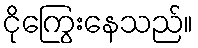
ငိုကြွေးနေသည်။